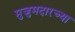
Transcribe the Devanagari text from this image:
मुजुमदारच्या